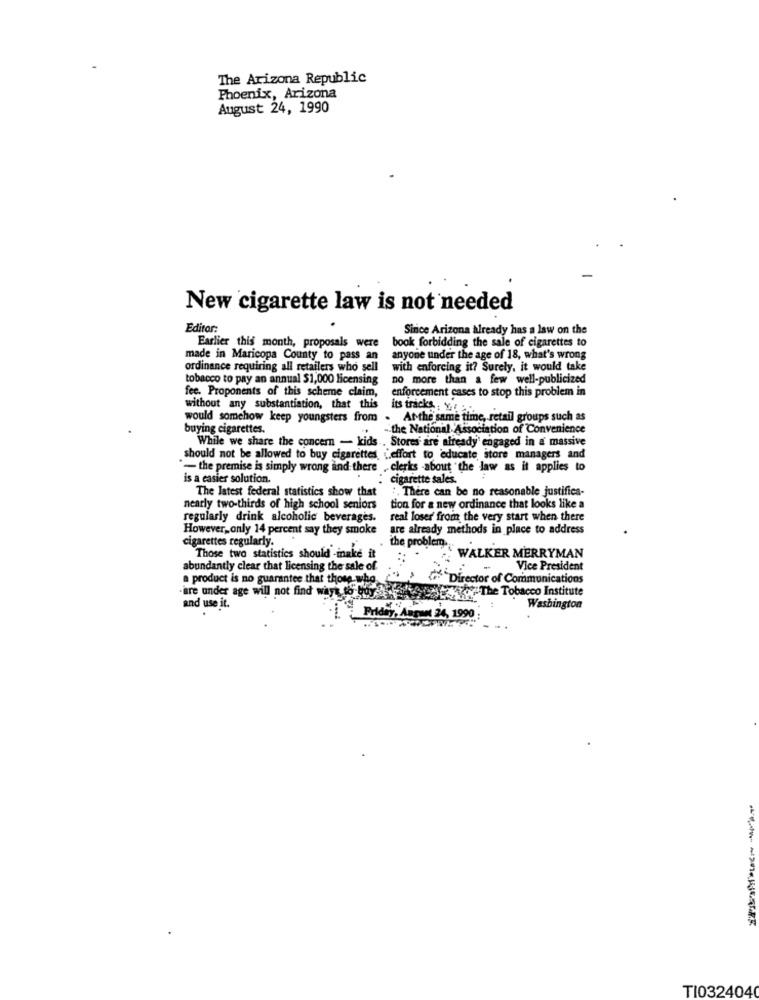
The Arizona Republic
Phoenix, Arizona
August 24, 1990
New cigarette law is not needed
Editar:
Since Arizona already has a law on the
book forbidding the sale of cigarettes to
Earlier this month, proposals were
made in Maricopa County to pass an
anyone under the age of 18, what's wrong
ordinance requiring all retailers who sell
with enforcing it? Surely, it would take
tobacco to pay an annual $1,000 licensing
no more than a few well-publicized
fee. Proponents of this scheme claim,
enforcement cases to stop this problem in
without any substantiation, that this
its tracks . v 2.
would somchow keep youngsters from . At the same time, retail groups such as
buying cigarettes.
the National Association of Convenience
While we share the concern - kids . Stores are already engaged in a massive
should not be allowed to buy cigarettes effort to educate store managers and
"- the premise is simply wrong and there , clerks -about "the law as it applies to
is a easier solution.
cigarette sales.
The latest federal statistics show that
:, There can be no reasonable justifica-
nearly two-thirds of high school seniors
tion for a new ordinance that looks like a
regularly drink alcoholic beverages.
real loser from the very start when there
However,only 14 percent say they smoke
are already methods in place to address
cigarettes regularly.
the problem.
Those two statistics should inake it
WALKER MERRYMAN
abundantly clear that licensing the sale of
Vice President
a product is no guarantee that those who
Director of Communications
-are under age will not find ways to buy
caso The Tobacco Institute
and use it.
Washington
Friday, August 24, 1990
T10324040